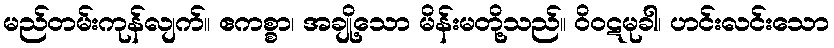
မည်တမ်းကုန်လျက်။ ဧကစ္စာ၊ အချို့သော မိန်းမတို့သည်။ ဝိဝဋမုခါ၊ ဟင်းလင်းသော